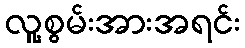
လူ့စွမ်းအားအရင်း